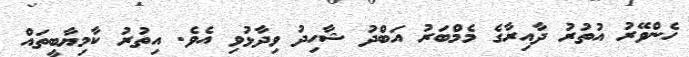
ހެންވޭރު އުތުރު ދާއިރާގެ މެމްބަރު އަބްދު ޝާހިދު ވިދާޅުވި އެވެ. އިތުރު ކާާމިޔާބީތައް